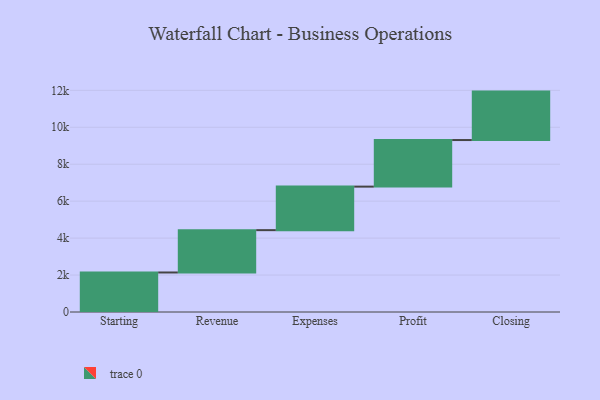
{"axis": {"x": "Step", "y": "Value"}, "legend": [""], "data": [{"x": "Starting", "y": 2139.0, "type": ""}, {"x": "Revenue", "y": 2292.0, "type": ""}, {"x": "Expenses", "y": 2356.0, "type": ""}, {"x": "Profit", "y": 2522.0, "type": ""}, {"x": "Closing", "y": 2622.0, "type": ""}]}